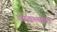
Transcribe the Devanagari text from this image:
चढवल्यावर